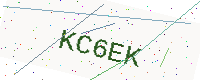
Text: KC6EK